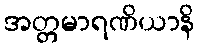
အတ္တမာရဏိယာနိ